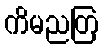
ကိမညတြ